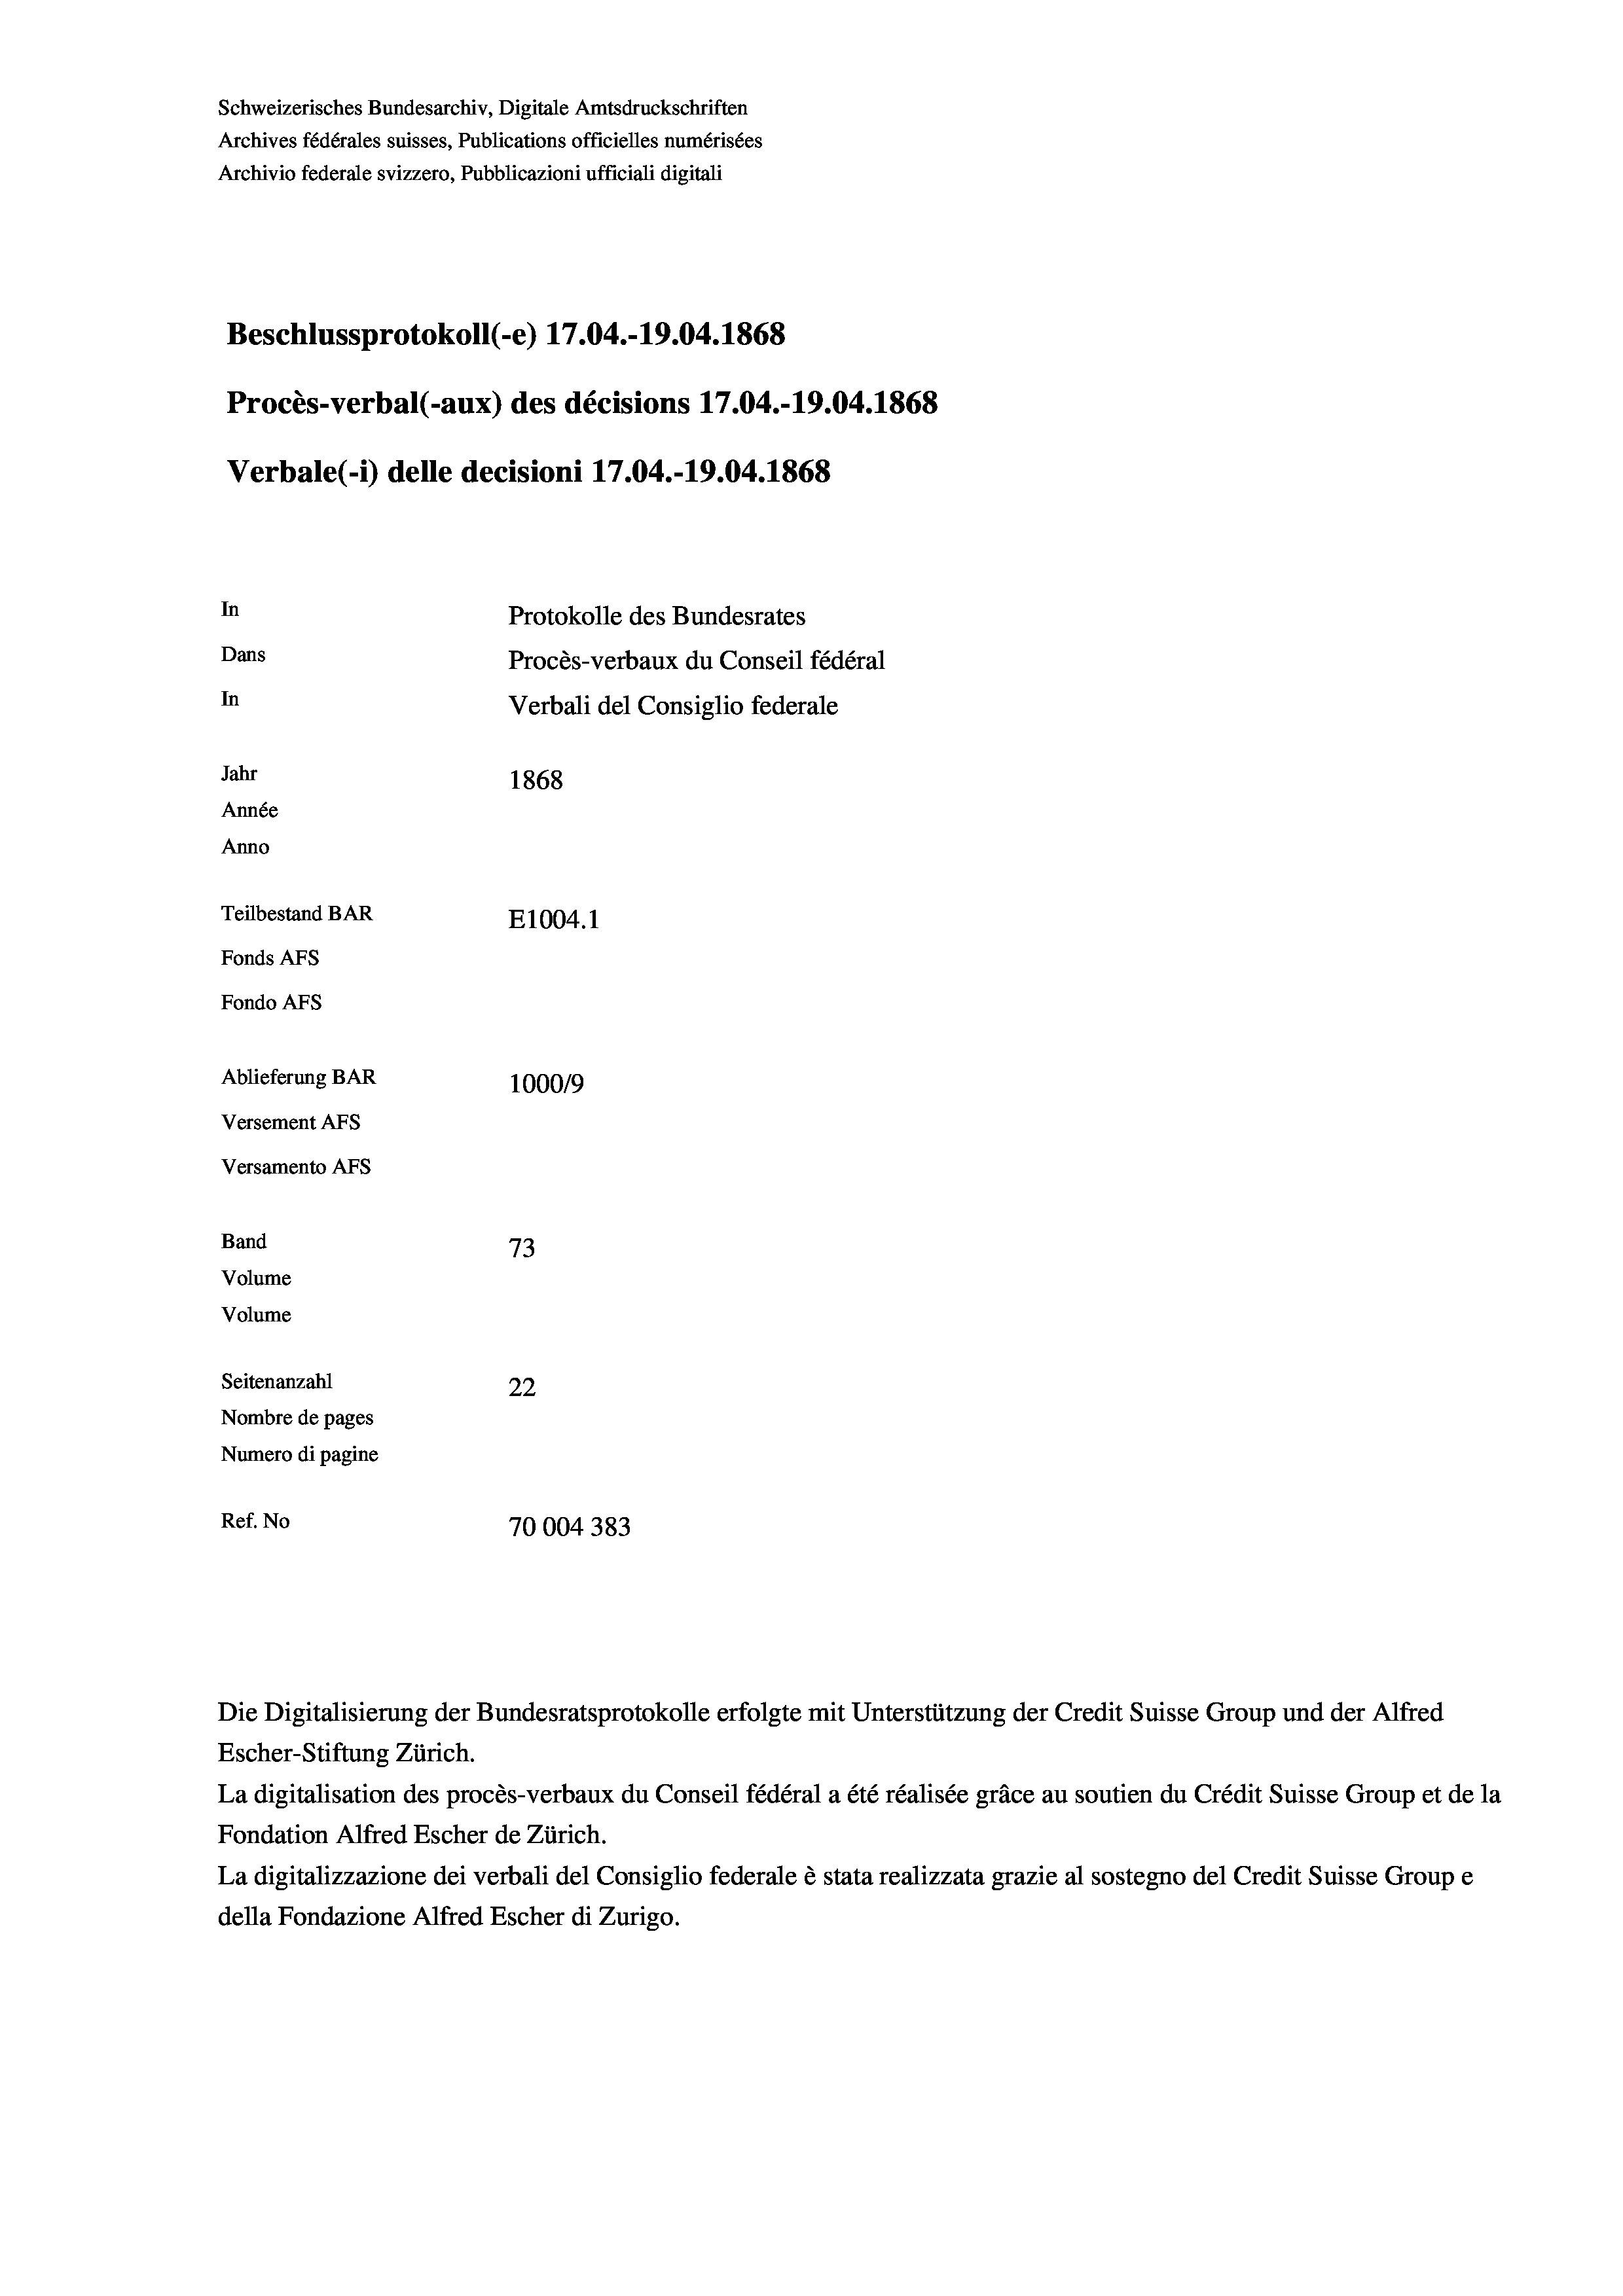
Schweizerisches Bundesarchiv, Digitale Amtsdruckschriften
Archives fédérales suisses, Publications officielles numérisées
Archivio federale svizzero, Pubblicazioni ufficiali digitali
Beschlussprotokoll (-e) 17.04.-19.04. 1868
Procès-verbal (-aux) des décisions 17.04.-19.04. 1868
Verbale(*) delle decisioni 17.04.-19.04. 1868
In
Protokolle des Bundesrates
Dans
Procès-verbaux du Conseil fédéral
In
Verbali del Consiglio federale
Jahr
1868
Année
Anno
Teilbestand BAR
E1004. 1
Fonds AFs
Fondo Afs
Ablieferung BAR
100019
Versement AFs
Versamento AFs
Band
73
Volume
Volume
Seitenanzahl
22

Nombre de pages
Numero di pagine
Ref. No
70004 383

Escher-Stiftung Zürich.
La digitalisation des procès-verbaux du Conseil fédéral a été réalisée gräce au soutien du Crédit Suisse Group et de la
Fondation Alfred Escher de Zürich.
La digitalizzazione dei verbali del Consiglio federale è stata realizzata grazie al sostegno del Credit Suisse Groupe
della Fondazione Alfred Escher di Zurigo.

Die Digitalisierung der Bundesratsprotokolle erfolgte mit Unterstützung der Credit Suisse Group und der Alfred